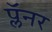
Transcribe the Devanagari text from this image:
प्लॅनर